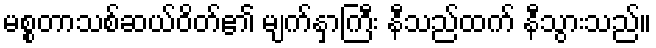
မစ္စတာသစ်ဆယ်ဝိတ်၏ မျက်နှာကြီး နီသည်ထက် နီသွားသည်။